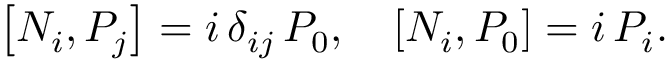
\left[ N _ { i } , { \cal P } _ { j } \right] = i \, \delta _ { i j } \, { \cal P } _ { 0 } , \quad \left[ N _ { i } , { \cal P } _ { 0 } \right] = i \, { \cal P } _ { i } .